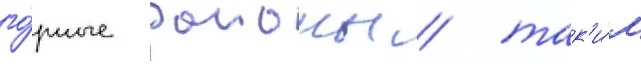
го́рные раионы / так'и́м